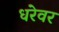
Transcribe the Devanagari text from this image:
धरेवर